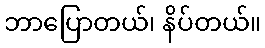
ဘာပြောတယ်၊ နိပ်တယ်။